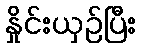
နှိုင်းယှဉ်ပြီး